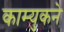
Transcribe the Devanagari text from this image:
काम्युकने